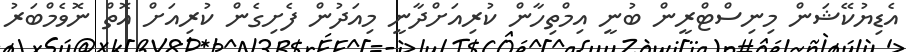
އެޑިޔުކޭޝަން މިނިސްޓްރީން ބުނީ އިމްތިހާން ކުރިއަށްދާނީ މިއަދުން ފެށިގެން ކުރިއަށް އޮތް ނޮވެމްބަރު